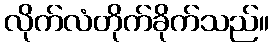
လိုက်လံတိုက်ခိုက်သည်။